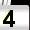
Digit: 4